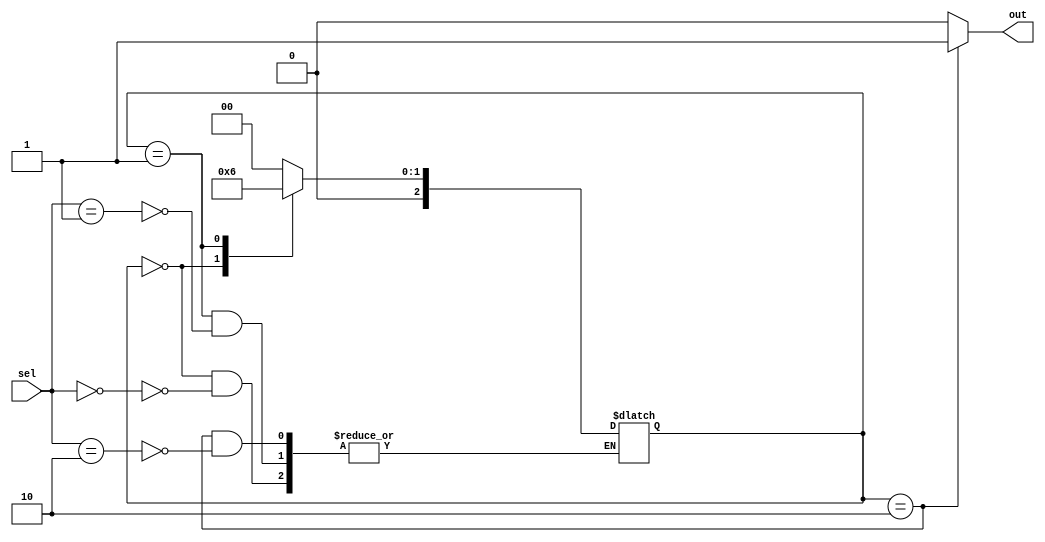
module parallel_case_example (
    input wire [1:0] sel,
    output wire out
);

reg [2:0] state;

always @ (*)
begin
    case (state)
        3'b000: begin
            if (sel == 2'b00)
                state <= 3'b001;
        end
        3'b001: begin
            if (sel == 2'b01)
                state <= 3'b010;
        end
        3'b010: begin
            if (sel == 2'b10)
                state <= 3'b000;
        end
        default: begin
            state <= 3'b000;
        end
    endcase
end

assign out = (state == 3'b010) ? 1'b1 : 1'b0;

endmodule